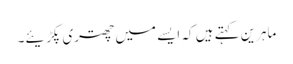
ماہرین کہتے ہیں کہ ایسے میں چھتری پکڑیئے۔